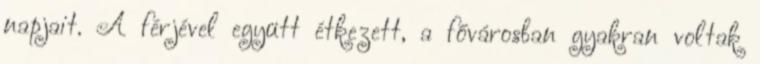
napjait. A férjével együtt étkezett, a fővárosban gyakran voltak